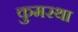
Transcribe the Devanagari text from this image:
कुमरथा